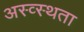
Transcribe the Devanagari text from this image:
अस्व्स्थता